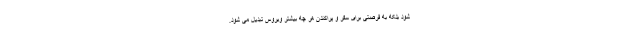
شود بلکه به فرصتی برای سفر و پراکندن هر چه بیشتر ویروس تبدیل می شود.